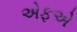
એફએ